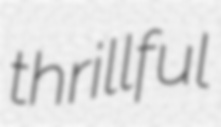
thrillful